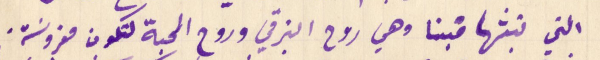
التي تبثها فينا وهي روح الترقي وروح المحبة لتكون مغروسة.